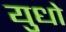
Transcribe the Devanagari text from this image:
युधो